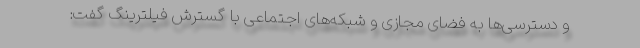
و دسترسی‌ها به فضای مجازی و شبکه‌های اجتماعی با گسترش فیلترینگ گفت: